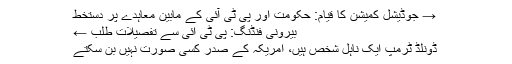
→ جوڈیشل کمیشن کا قیام: حکومت اور پی ٹی آئی کے مابین معاہدے پر دستخط
بیرونی فنڈنگ: پی ٹی آئی سے تفصیلات طلب ←
ڈونلڈ ٹرمپ ایک ناہل شخص ہیں، امریکہ کے صدر کسی صورت نہیں بن سکتے